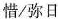
惜/弥日